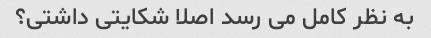
به نظر کامل می رسد اصلا شکایتی داشتی؟